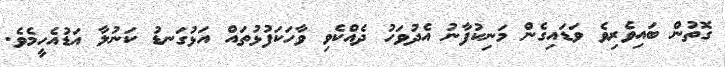
ގޮތުން ބައިވެރިވެ ވަޑައިގެން މަނިކުފާނު އެދުވަހު ދެއްކެވި ވާހަކަފުޅުތައް އަޅުގަނޑު ކަނުލާ އަޑުއެހީމެވެ.